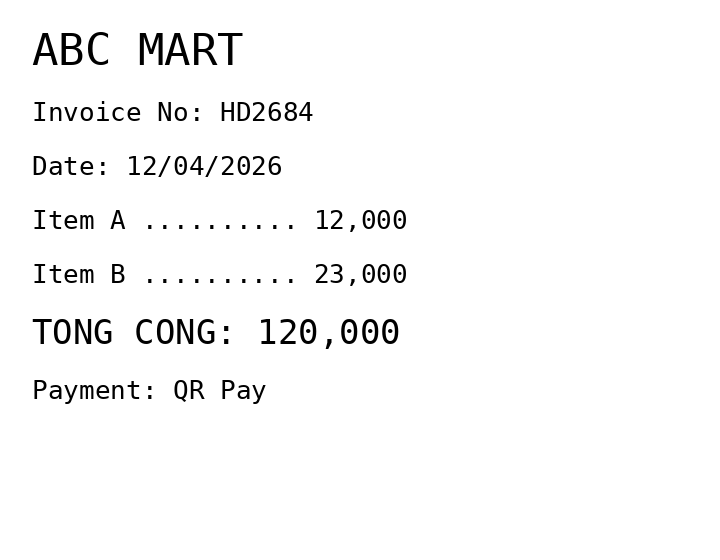
ABC MART
Invoice No: HD2684
Date: 12/04/2026
Item A .......... 12,000
Item B .......... 23,000
TONG CONG: 120,000
Payment: QR Pay
Merchant: abc mart
Date: 2026-04-12
Total: 120000
Invoice No: HD2684
Payment method: QR